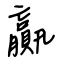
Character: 贏